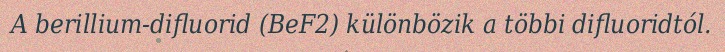
A berillium-difluorid (BeF2) különbözik a többi difluoridtól.